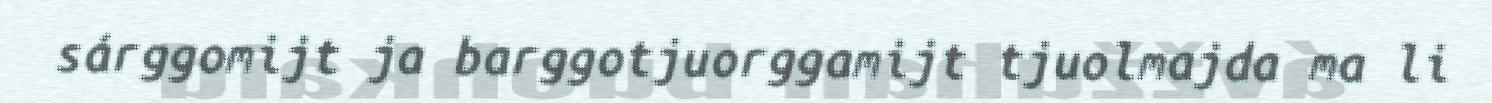
sárggomijt ja barggotjuorggamijt tjuolmajda ma li